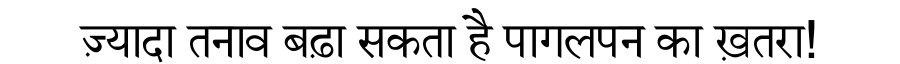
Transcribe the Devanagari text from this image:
ज़्यादा तनाव बढ़ा सकता है पागलपन का ख़तरा!